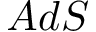
A d S